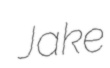
Jake